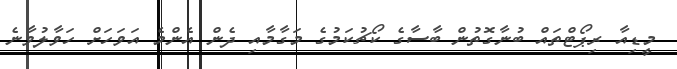
މީޑިއާ ރިޕޯޓްތައް ބުނާގޮތުން ބާސާގެ ކޯޗުކަމުގެ މަގާމާއި ދެން އެންމެ އަވަހަށް ހަވާލުވާނެ